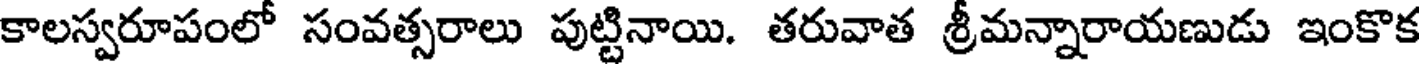
కాలస్వరూపంలో సంవత్సరాలు పుట్టినాయి. తరువాత శ్రీమన్నారాయణుడు ఇంకొక